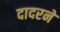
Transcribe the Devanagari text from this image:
दादरने